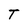
Character: T